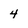
Character: 4